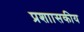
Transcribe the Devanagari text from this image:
प्रशाासकीय